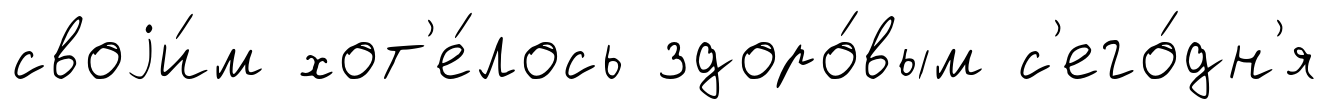
своjи́м хот'е́лось здоро́вым с'его́дн'я